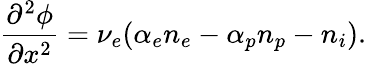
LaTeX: \frac{\partial^{2}\phi}{\partial x^{2}}=\nu_{e}({\alpha_{e}n_{e}}-{\alpha_{p}n_{p}}-n_{i}).